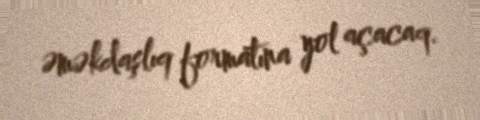
əməkdaşlıq formatına yol açacaq.